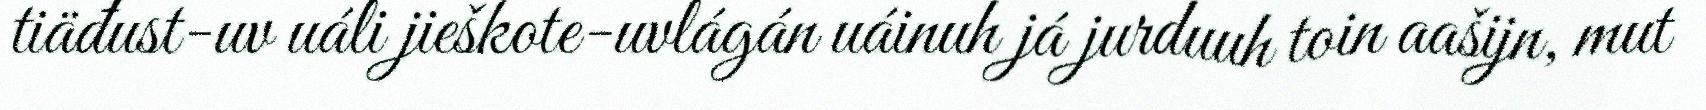
tiäđust-uv uáli jieškote-uvlágán uáinuh já jurduuh toin aašijn, mut